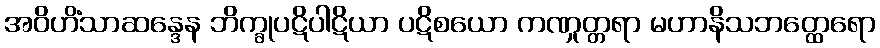
အဝိဟိံသာဆန္ဒေန ဘိက္ခုပဋိပါဋိယာ ပဋိစယော ကဏှုတ္တရာ မဟာနိသဘတ္ထေရော